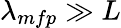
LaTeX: \lambda_{mfp}\gg L